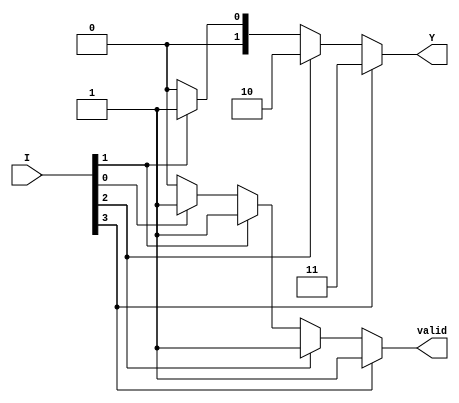
module dual_priority_encoder (
    input wire [3:0] I,   // 4 input lines
    output reg [1:0] Y,   // 2-bit output for encoding
    output reg valid       // Valid signal
);
    
    always @(*) begin
        // Default values
        Y = 2'b00; // Default output
        valid = 1'b0; // Default valid signal
        
        // Priority encoding logic
        if (I[3]) begin
            Y = 2'b11; // Encode I3
            valid = 1'b1;
        end else if (I[2]) begin
            Y = 2'b10; // Encode I2
            valid = 1'b1;
        end else if (I[1]) begin
            Y = 2'b01; // Encode I1
            valid = 1'b1;
        end else if (I[0]) begin
            Y = 2'b00; // Encode I0
            valid = 1'b1;
        end
        // If no inputs are active, Y remains 00 and valid remains 0
    end

endmodule